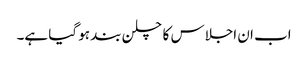
اب ان اجلاس کا چلن بند ہو گیا ہے۔